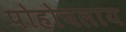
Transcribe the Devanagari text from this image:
पोहोचलाय